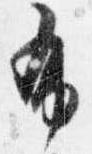
布